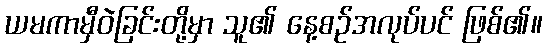
ယမကာမှီဝဲခြင်းတို့မှာ သူ၏ နေ့စဉ်အလုပ်ပင် ဖြစ်၏။